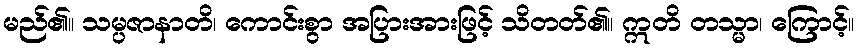
မည်၏။ သမ္ပဇာနာတိ၊ ကောင်းစွာ အပြားအားဖြင့် သိတတ်၏။ ဣတိ တသ္မာ၊ ကြောင့်။